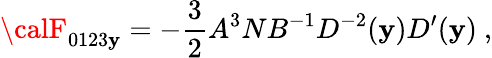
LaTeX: {\calF}_{0123\mathbf{y}}=-{\frac{{3}}{{2}}}A^{3}NB^{-1}D^{-2}(\mathbf{y})D^{\prime}(\mathbf{y})\ ,